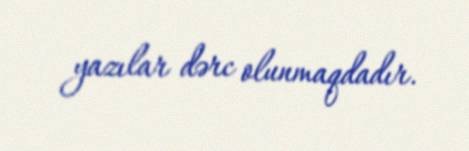
yazılar dərc olunmaqdadır.